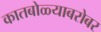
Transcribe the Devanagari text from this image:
कातबोळ्याबरोबर